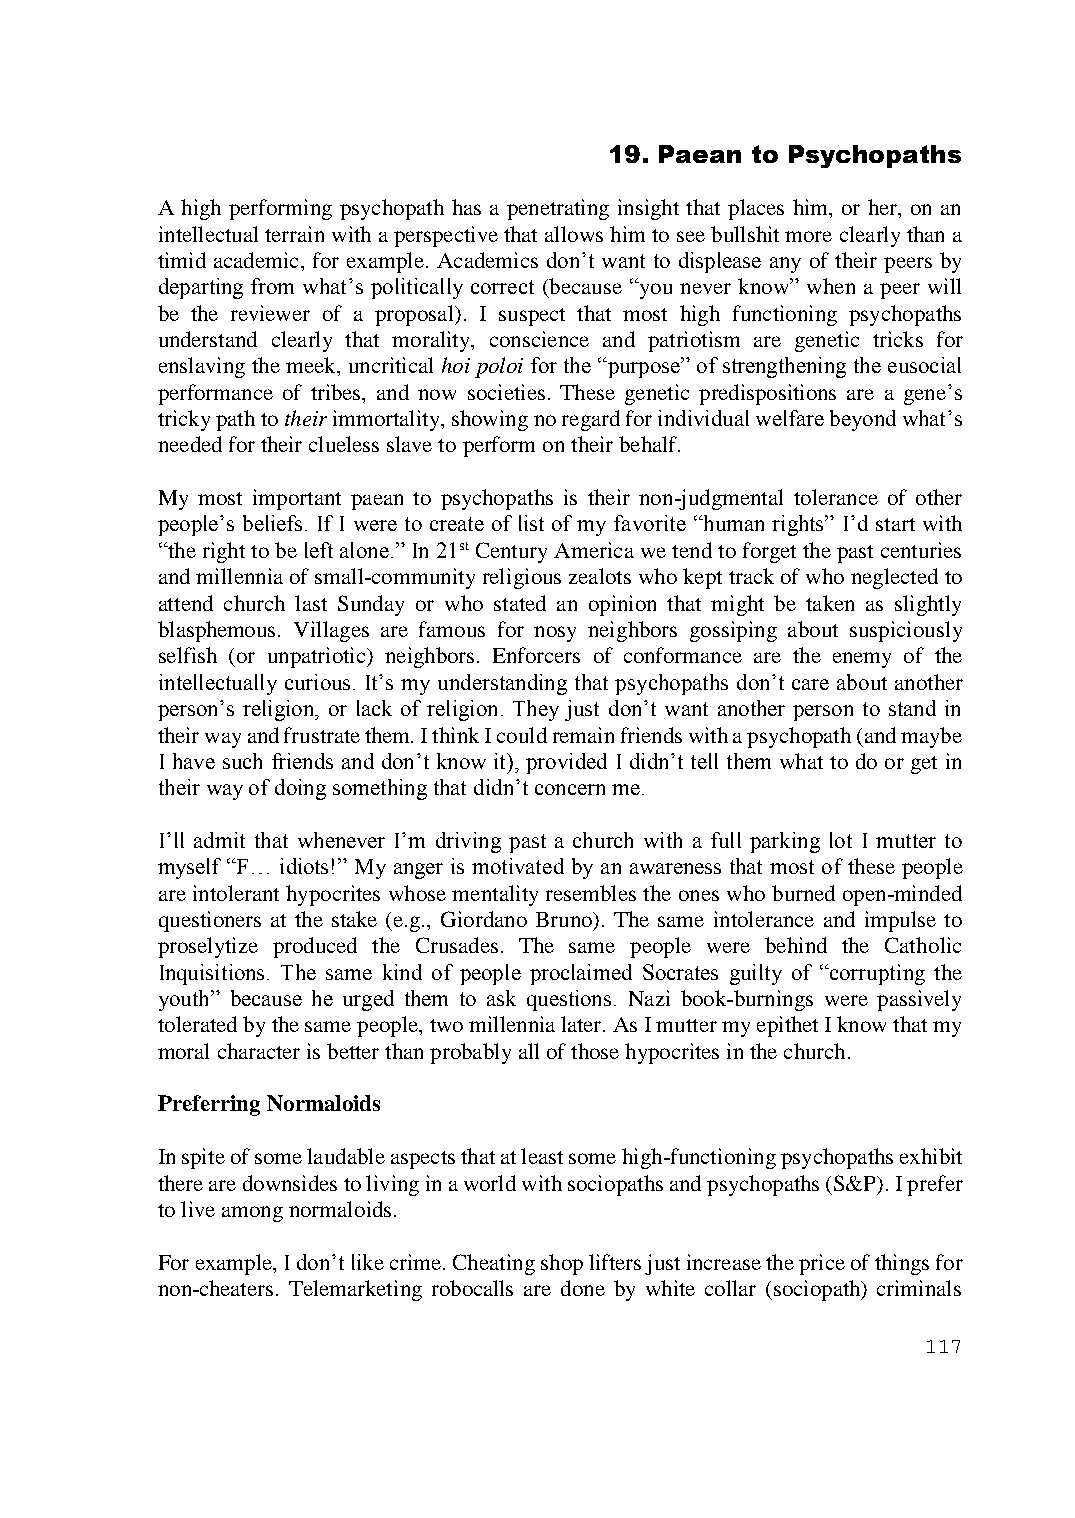
19. Paean to Psychopaths
 A high performing psychopath has a penetrating insight that places him, or her, on an
 intellectual terrain with a perspective that allows him to see bullshit more clearly than a
 timid academic, for example. Academics don’t want to displease any of their peers by
 departing from what’s politically correct (because “you never know” when a peer will
 be the reviewer of a proposal). I suspect that most high functioning psychopaths
 understand clearly that morality, conscience and patriotism are genetic tricks for
 enslaving the meek, uncritical hoi poloi for the “purpose” of strengthening the eusocial
 performance of tribes, and now societies. These genetic predispositions are a gene’s
 tricky path to their immortality, showing no regard for individual welfare beyond what’s
 needed for their clueless slave to perform on their behalf.
 My most important paean to psychopaths is their non-judgmental tolerance of other
 people’s beliefs. If I were to create of list of my favorite “human rights” I’d start with
 “the right to be left alone.” In 21st Century America we tend to forget the past centuries
 and millennia of small-community religious zealots who kept track of who neglected to
 attend church last Sunday or who stated an opinion that might be taken as slightly
 blasphemous. Villages are famous for nosy neighbors gossiping about suspiciously
 selfish (or unpatriotic) neighbors. Enforcers of conformance are the enemy of the
 intellectually curious. It’s my understanding that psychopaths don’t care about another
 person’s religion, or lack of religion. They just don’t want another person to stand in
 their way and frustrate them. I think I could remain friends with a psychopath (and maybe
 I have such friends and don’t know it), provided I didn’t tell them what to do or get in
 their way of doing something that didn’t concern me.
 I’ll admit that whenever I’m driving past a church with a full parking lot I mutter to
 myself “F… idiots!” My anger is motivated by an awareness that most of these people
 are intolerant hypocrites whose mentality resembles the ones who burned open-minded
 questioners at the stake (e.g., Giordano Bruno). The same intolerance and impulse to
 proselytize produced the Crusades. The same people were behind the Catholic
 Inquisitions. The same kind of people proclaimed Socrates guilty of “corrupting the
 youth” because he urged them to ask questions. Nazi book-burnings were passively
 tolerated by the same people, two millennia later. As I mutter my epithet I know that my
 moral character is better than probably all of those hypocrites in the church.
 Preferring Normaloids
 In spite of some laudable aspects that at least some high-functioning psychopaths exhibit
 there are downsides to living in a world with sociopaths and psychopaths (S&P). I prefer
 to live among normaloids.
 For example, I don’t like crime. Cheating shop lifters just increase the price of things for
 non-cheaters. Telemarketing robocalls are done by white collar (sociopath) criminals
 117